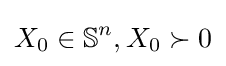
X_{0}\in \mathbb {S} ^{n},X_{0}\succ 0